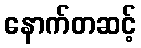
နောက်တဆင့်